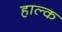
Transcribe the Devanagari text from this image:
हाल्क